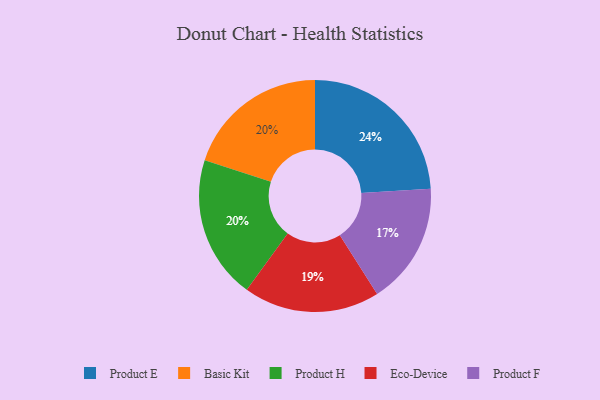
{"axis": {"x": "Category", "y": "Percentage"}, "legend": ["Basic Kit", "Eco-Device", "Product E", "Product F", "Product H"], "data": [{"x": "Eco-Device", "y": 19, "type": "Eco-Device"}, {"x": "Product F", "y": 17, "type": "Product F"}, {"x": "Basic Kit", "y": 20, "type": "Basic Kit"}, {"x": "Product H", "y": 20, "type": "Product H"}, {"x": "Product E", "y": 24, "type": "Product E"}]}